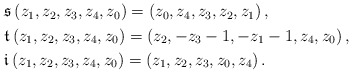
\begin{align*}\begin{aligned}&\mathfrak{s}\,(z_1,z_2,z_3,z_4,z_0) = (z_0,z_4,z_3,z_2,z_1) \,,\\& \mathfrak{t}\,(z_1,z_2,z_3,z_4,z_0) = (z_2,-z_3-1,-z_1-1,z_4,z_0) \,,\\& \mathfrak{i}\,(z_1,z_2,z_3,z_4,z_0) = (z_1,z_2,z_3,z_0,z_4)\,.\end{aligned}\end{align*}